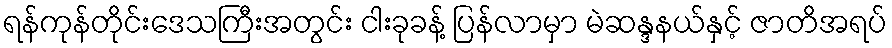
ရန်ကုန်တိုင်းဒေသကြီးအတွင်း ငါးခုခန့် ပြန်လာမှာ မဲဆန္ဒနယ်နှင့် ဇာတိအရပ်